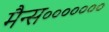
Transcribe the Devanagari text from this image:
मैन्स॰॰॰॰॰॰॰